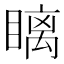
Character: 瞝